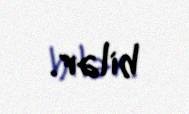
bilər.